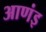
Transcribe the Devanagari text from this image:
आणंइ